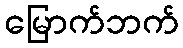
မြောက်ဘက်